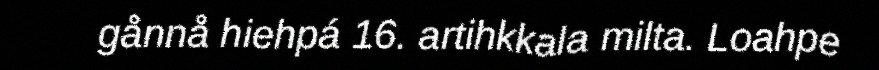
gånnå hiehpá 16. artihkkala milta. Loahpe